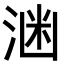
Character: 𪶕